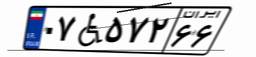
۸۶W۵۳۹۹۷